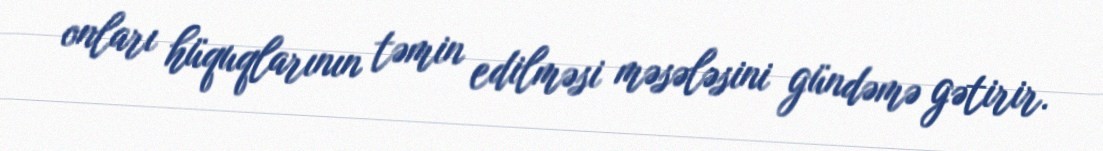
onları hüquqlarının təmin edilməsi məsələsini gündəmə gətirir.